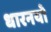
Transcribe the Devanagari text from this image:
धारनयो